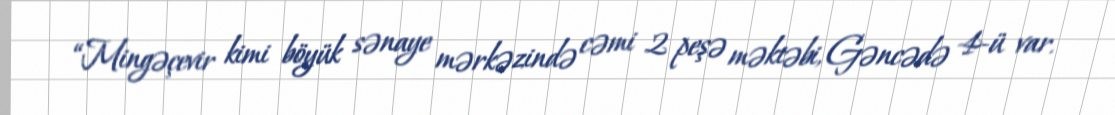
“Mingəçevir kimi böyük sənaye mərkəzində cəmi 2 peşə məktəbi, Gəncədə 4-ü var.